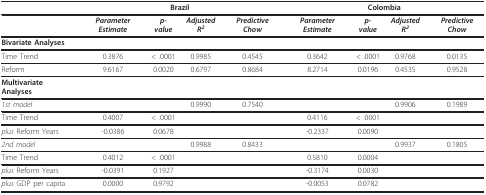
<table><thead><tr><td></td><td colspan="4"><b>Brazil</b></td><td colspan="4"><b>Colombia</b></td></tr></thead><tbody><tr><td></td><td><i><b>Parameter Estimate</b></i></td><td><i><b>p-value</b></i></td><td><i><b>Adjusted R<sup>2</sup></b></i></td><td><i><b>Predictive Chow</b></i></td><td><i><b>Parameter Estimate</b></i></td><td><i><b>p-value</b></i></td><td><i><b>Adjusted R<sup>2</sup></b></i></td><td><i><b>Predictive Chow</b></i></td></tr><tr><td><b>Bivariate Analyses</b></td><td></td><td></td><td></td><td></td><td></td><td></td><td></td><td></td></tr><tr><td>Time Trend</td><td>0.3876</td><td>&lt; .0001</td><td>0.9985</td><td>0.4545</td><td>0.3642</td><td>&lt; .0001</td><td>0.9768</td><td>0.0135</td></tr><tr><td>Reform</td><td>9.6167</td><td>0.0020</td><td>0.6797</td><td>0.8684</td><td>8.2714</td><td>0.0196</td><td>0.4535</td><td>0.9528</td></tr><tr><td><b>Multivariate Analyses</b></td><td></td><td></td><td></td><td></td><td></td><td></td><td></td><td></td></tr><tr><td><i>1st model</i></td><td></td><td></td><td>0.9990</td><td>0.7540</td><td></td><td></td><td>0.9906</td><td>0.1989</td></tr><tr><td>Time Trend</td><td>0.4007</td><td>&lt; .0001</td><td></td><td></td><td>0.4116</td><td>&lt; .0001</td><td></td><td></td></tr><tr><td><i>plus </i>Reform Years</td><td>-0.0386</td><td>0.0678</td><td></td><td></td><td>-0.2337</td><td>0.0090</td><td></td><td></td></tr><tr><td><i>2nd model</i></td><td></td><td></td><td>0.9988</td><td>0.8433</td><td></td><td></td><td>0.9937</td><td>0.1805</td></tr><tr><td>Time Trend</td><td>0.4012</td><td>&lt; .0001</td><td></td><td></td><td>0.5810</td><td>0.0004</td><td></td><td></td></tr><tr><td><i>plus </i>Reform Years</td><td>-0.0391</td><td>0.1927</td><td></td><td></td><td>-0.3174</td><td>0.0030</td><td></td><td></td></tr><tr><td><i>plus </i>GDP per capita</td><td>0.0000</td><td>0.9792</td><td></td><td></td><td>-0.0053</td><td>0.0782</td><td></td><td></td></tr></tbody></table>